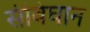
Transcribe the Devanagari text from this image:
संविघान